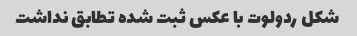
شکل ردولوت با عکس ثبت شده تطابق نداشت